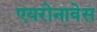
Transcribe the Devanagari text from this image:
एयरोनावेस